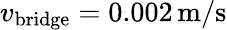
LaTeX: v_{\mathrm{bridge}}=0.002\, \mathrm{m}/\mathrm{s}